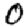
Digit: 0